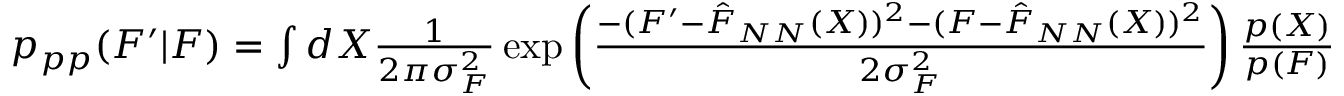
\begin{array} { r } { p _ { p p } ( F ^ { \prime } | F ) = \int d X \frac { 1 } { 2 \pi \sigma _ { F } ^ { 2 } } \exp \left( \frac { - ( F ^ { \prime } - \hat { F } _ { N N } ( X ) ) ^ { 2 } - ( F - \hat { F } _ { N N } ( X ) ) ^ { 2 } } { 2 \sigma _ { F } ^ { 2 } } \right) \frac { p ( X ) } { p ( F ) } } \end{array}